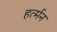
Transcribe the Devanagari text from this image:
हर्त्मन